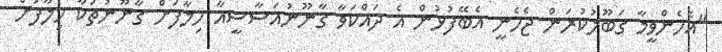
"އެހެންވީމާ ގަބޫލުކުރަން ޖެހެނީ އެބޭފުޅުން އެ ދައްކަވާ ގާނޫނުއަސާސީއާ ހިލާފަށް ގާނޫނުތަކާ ހިލާފަށް